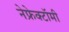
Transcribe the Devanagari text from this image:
नेफ्रेक्टॉमी